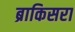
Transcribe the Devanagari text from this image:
ब्राकिसरा